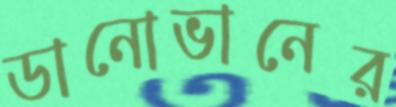
ডানোভানের